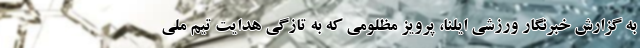
به گزارش خبرنگار ورزشی ایلنا، پرویز مظلومی که به تازگی هدایت تیم ملی